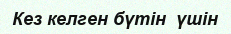
Кез келген бүтін  үшін